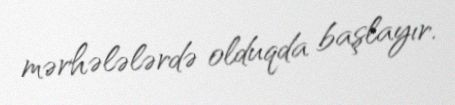
mərhələlərdə olduqda başlayır.